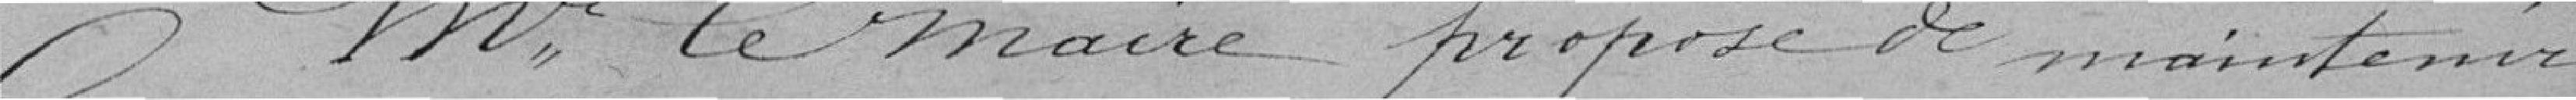
M Le Maire propose de maintenir